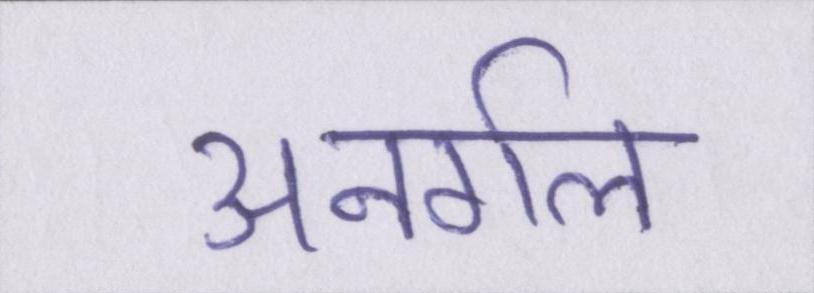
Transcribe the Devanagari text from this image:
अनर्गल